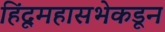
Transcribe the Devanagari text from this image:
हिंदूमहासभेकडून